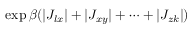
\exp \beta ( | J _ { l x } | + | J _ { x y } | + \cdots + | J _ { z k } | )